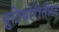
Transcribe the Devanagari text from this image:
बुटिबोरीतील